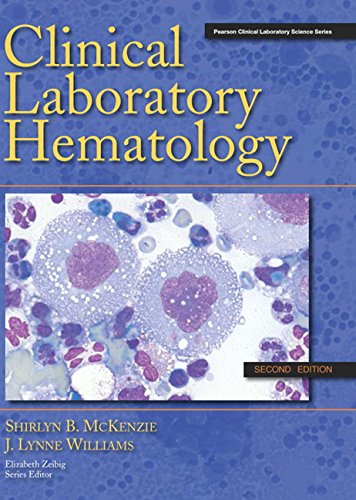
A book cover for Clinical Laboratory Hematology (2nd Edition); Shirlyn B. McKenzie Ph.D.  CLS (NCA); Medical Books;